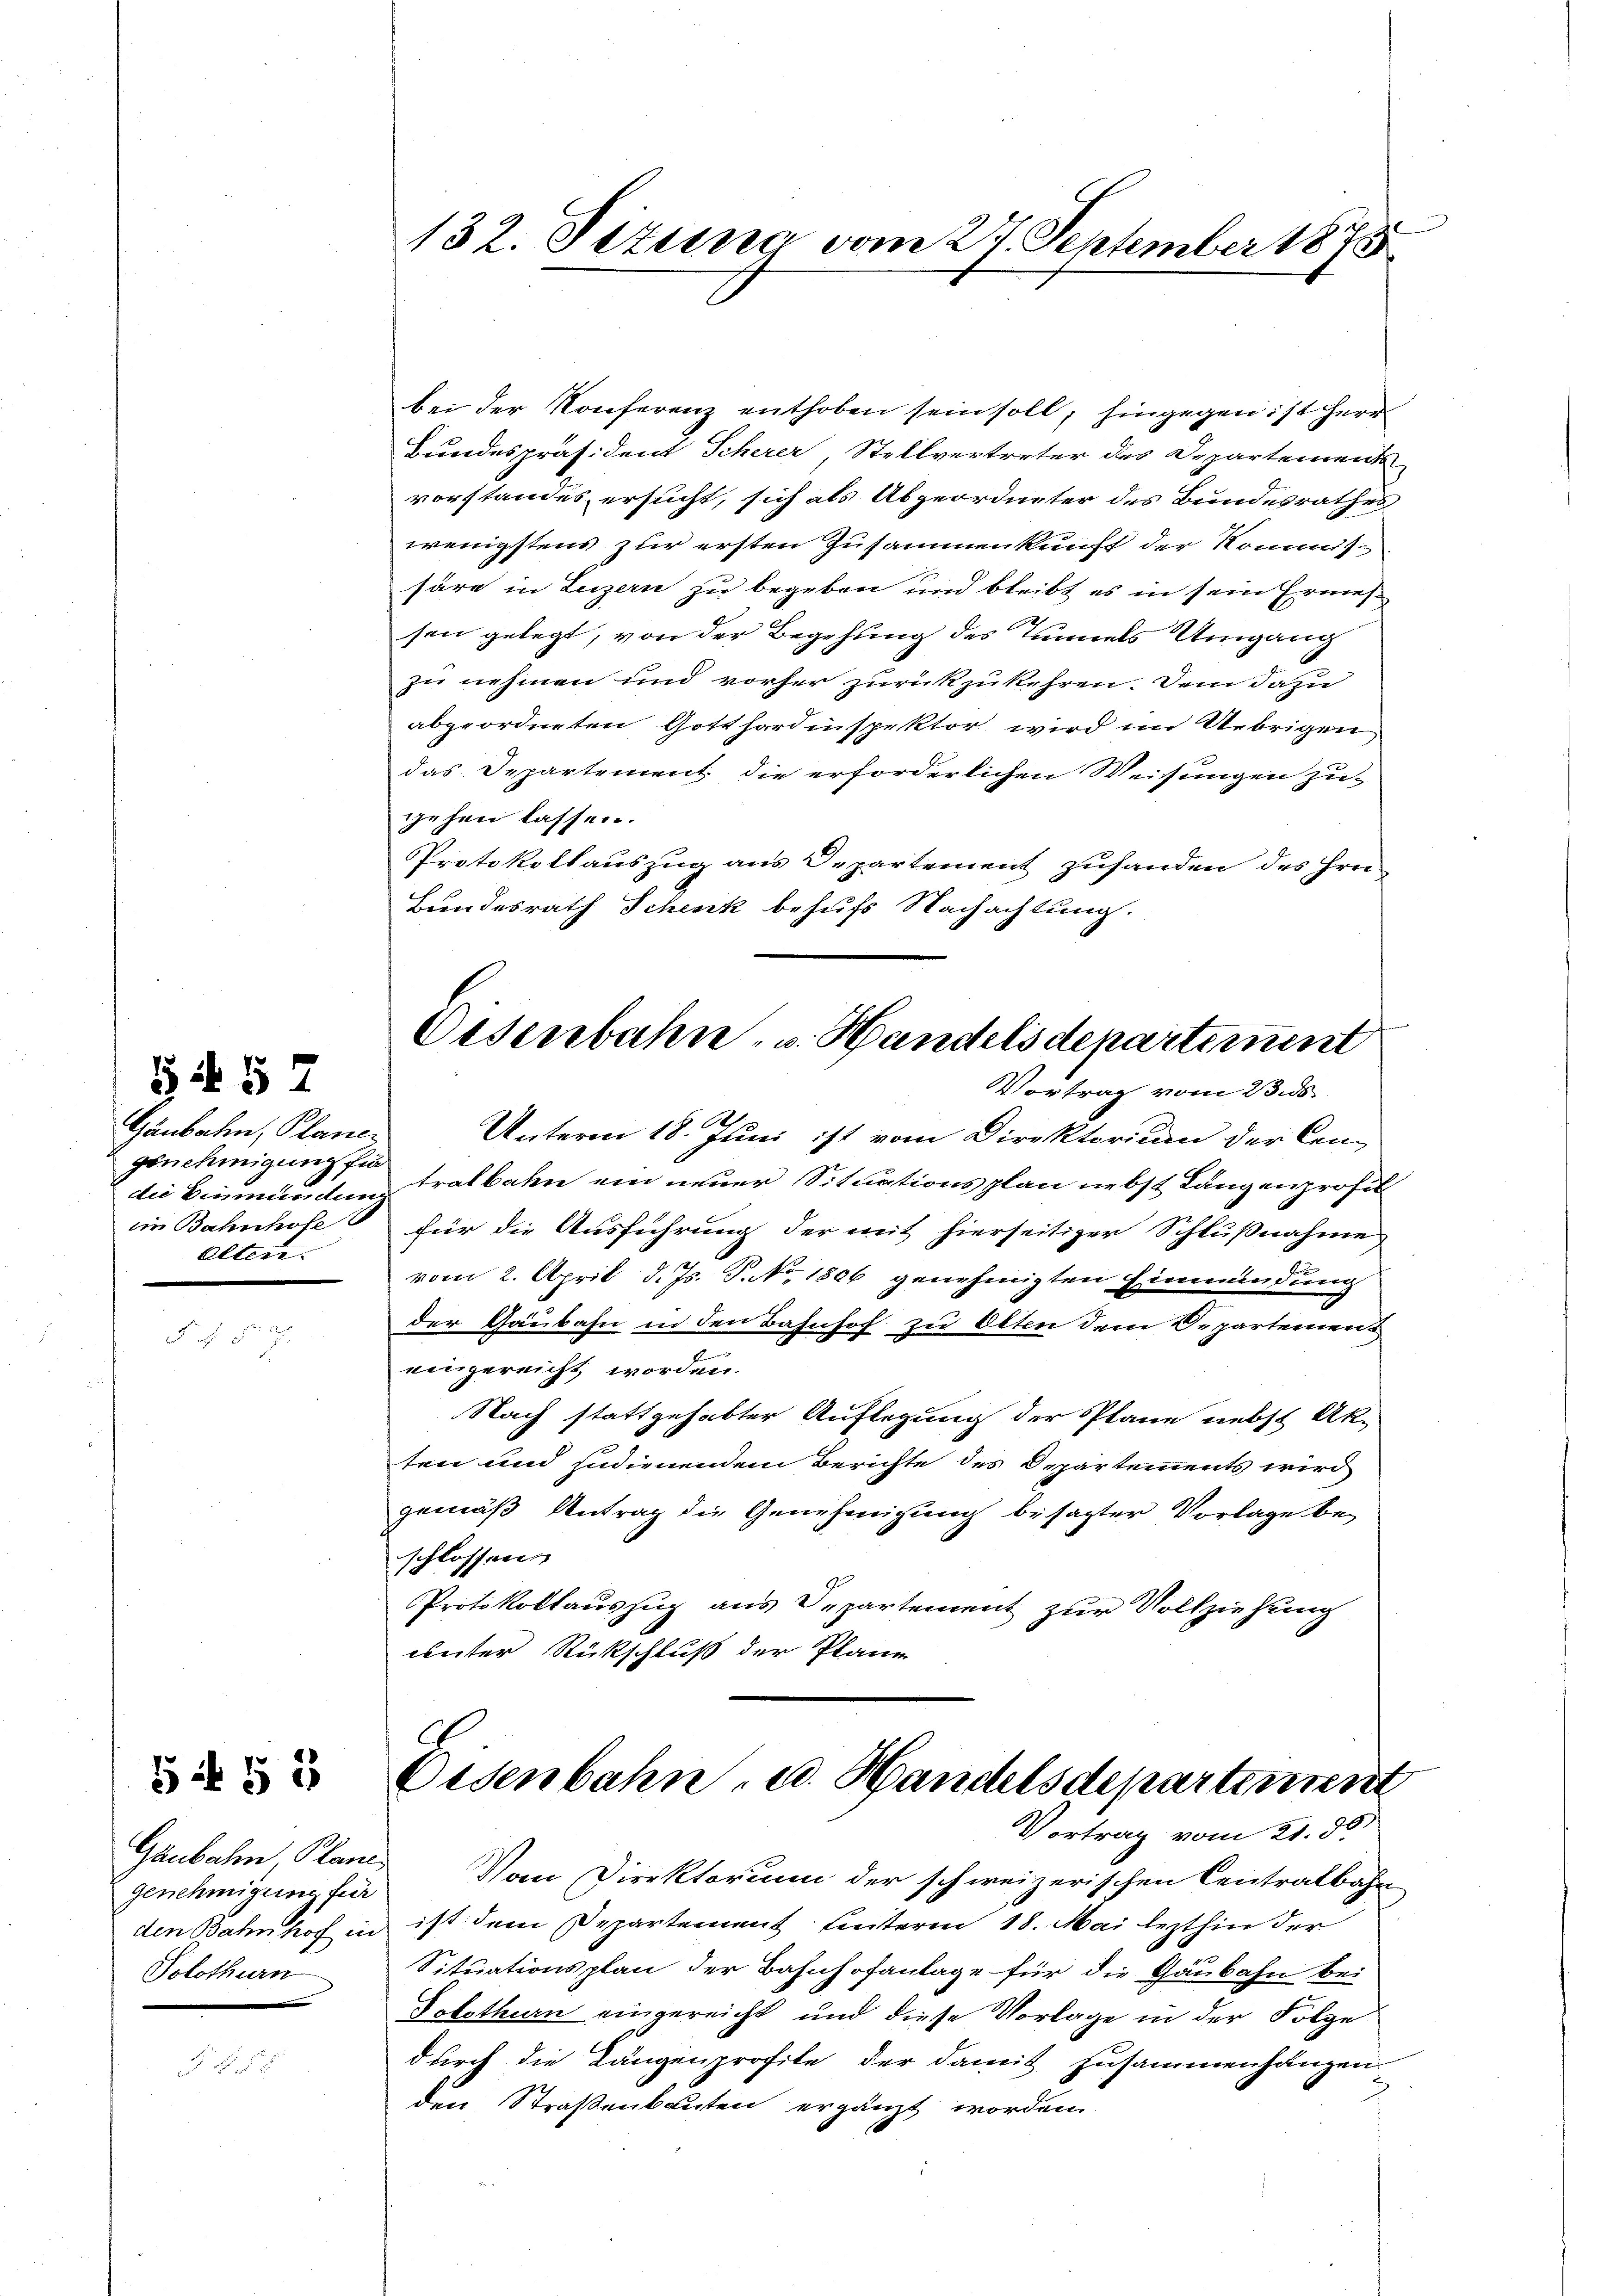
S i § 7

Gaubahn, Planer
genehmigung für
die Bahnhofe

54 § 1

Gaubahn Plane
Genehmigung für
den Bahnhof in
Solothurn

132. Sizung vom 27. September 1873

bei der Konferenz enthoben sein soll, hingegen ist Herr
Bundespräsident Scherer, Stellvertreter des Departements
vorstandes ersucht, sich als Abgeordneter des Bundesrathes
wenigstens zur ersten Zusammenkunft der Kommissäre in Luzern zu begeben und bleibt es in sein Ermessen gelegt, von der Begehung des Tunnels Umgang
zu nehmen und vorher zurückzukehren. Dem dazu
abgeordneten Gotthordinspektor wird im Uebrigen
das Departement die erforderlichen Weisungen zugehen lassen.
Protokollauszug aus Departement zuhanden des Frei
Bundesrath Schenk behufs Nachachtung.

Osenbahn- u. Handelsdepartement

Vortrag vom 23. ds.
2
Unterm 18. Juni ist vom Direktorium der Cen-
die Einmundenz Tralbahn ein neuer Situationsplan nebst Längenprofit
für die Ausführung der mit hierseitiger Schlußnahme
vom 2. April d. Js. S. No. 1806 genehmigten Einmündung
der Gänsbahn in den Bahnhof zu Olten dem Departement
eingereicht worden.
Nach stattgehabter Auflegung der Plane nebst Ak-
ten und Indienendem Berichte des Departements wird
gemäß Antrag die Genehmigung besagter Vorlage beschlossen
Protokollauszug aus Departement zur Vollziehung
einter Rückschluß der Plane

Eisenbahn, u. Handelsdepartement
Vortrag vom 21. d.

Von Direktorium der schweizerischen Centralbahn
ist dem Departement Leuteren 18. Mai lezthin der
Situationsplan der Bahnhofanlage für die Gaubahn bei
Solothurn eingereicht und diese Vorlage in der Folge
durch die Längenprofite der damit zusammenhangen
.
den Straßenbauten ergänzt worden